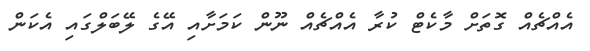
އެއްޗެއް ގޮތަށް މާކެޓް ކުރާ އެއްޗެއް ނޫން ކަމަށާއި އޭގެ ލޭބަލްގައި އެކަން